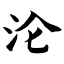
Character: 沦